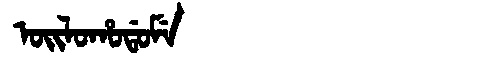
Manchu: ᠣᡳᠯᠣᡥᠣᡩᠣᠮᡝ
Romanization: OILOHODOME